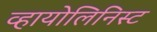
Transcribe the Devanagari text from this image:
व्हायोलिनिस्ट